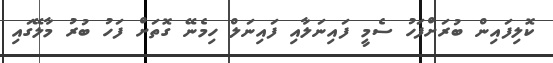
ކޮލިފައިން ބުރަށްފަހު ސެމީ ފައިނަލާއި ފައިނަލް ހިމެނޭ ގޮތަށް ފަހު ބުރު މާލޭގައި